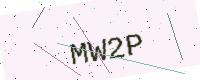
Text: MW2P